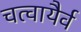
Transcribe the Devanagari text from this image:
चत्वायैर्व